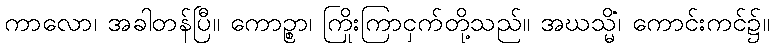
ကာလော၊ အခါတန်ပြီ။ ကောဉ္စာ၊ ကြိုးကြာငှက်တို့သည်။ အဃသ္မိံ၊ ကောင်းကင်၌။